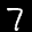
Label: 7